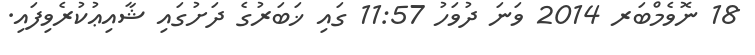
18 ނޮވެމްބަރ 2014 ވަނަ ދުވަހު 11:57 ގައި ޚަބަރުގެ ދަށުގައި ޝާއިޢުކުރެވިފައި.